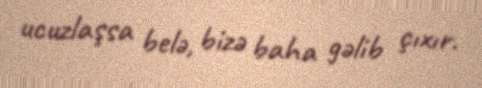
ucuzlaşsa belə, bizə baha gəlib çıxır.